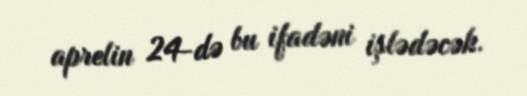
aprelin 24-də bu ifadəni işlədəcək.